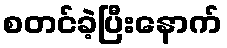
စတင်ခဲ့ပြီးနောက်